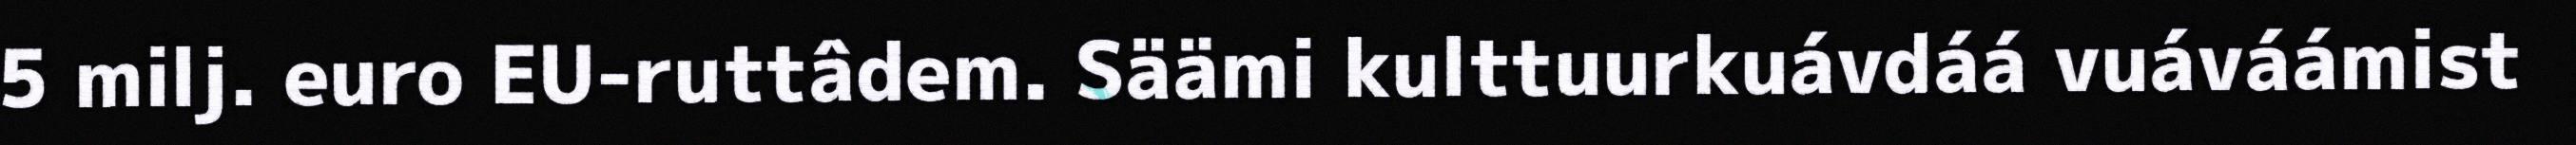
5 milj. euro EU-ruttâdem. Säämi kulttuurkuávdáá vuáváámist